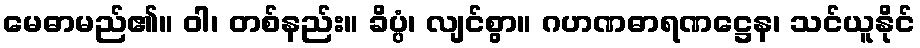
မေဓာမည်၏။ ဝါ၊ တစ်နည်း။ ခိပ္ပံ၊ လျင်စွာ။ ဂဟဏဓာရဏဋ္ဌေန၊ သင်ယူနိုင်